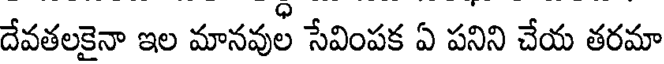
దేవతలకైనా ఇల మానవుల సేవింపక ఏ పనిని చేయ తరమా